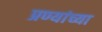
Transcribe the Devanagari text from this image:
प्रण्यांच्या